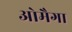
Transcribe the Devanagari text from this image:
ओमैगा